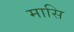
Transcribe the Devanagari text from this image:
मासि